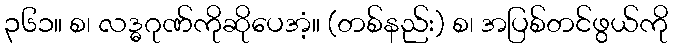
၃၆၁။ စ၊ လဒ္ဓဂုဏ်ကိုဆိုပေအံ့။ (တစ်နည်း) စ၊ အပြစ်တင်ဖွယ်ကို